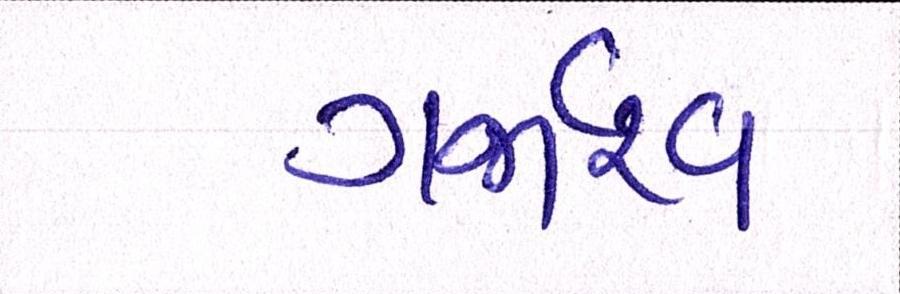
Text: ગર્જારવ